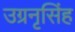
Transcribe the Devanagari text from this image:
उग्रनृसिंह